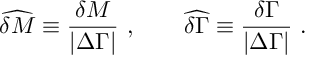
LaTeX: \widehat { \delta M } \equiv { \frac { \delta M } { | \Delta \Gamma | } } \ , \qquad \widehat { \delta \Gamma } \equiv { \frac { \delta \Gamma } { | \Delta \Gamma | } } \ .